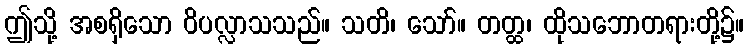
ဤသို့ အစရှိသော ဝိပလ္လာသသည်။ သတိ၊ သော်။ တတ္ထ၊ ထိုသဘောတရားတို့၌။